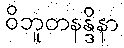
ဝိဘူတနန္ဒိနာ